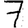
Digit: 7